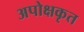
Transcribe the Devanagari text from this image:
अपोक्षकृत